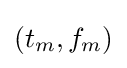
(t_{m},f_{m})